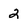
Character: 2